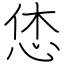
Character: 恷